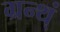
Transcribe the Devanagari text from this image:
ग्रन्थ्ं